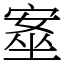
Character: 㝧